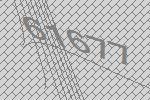
61677